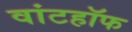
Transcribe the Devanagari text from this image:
वांटहॉफ